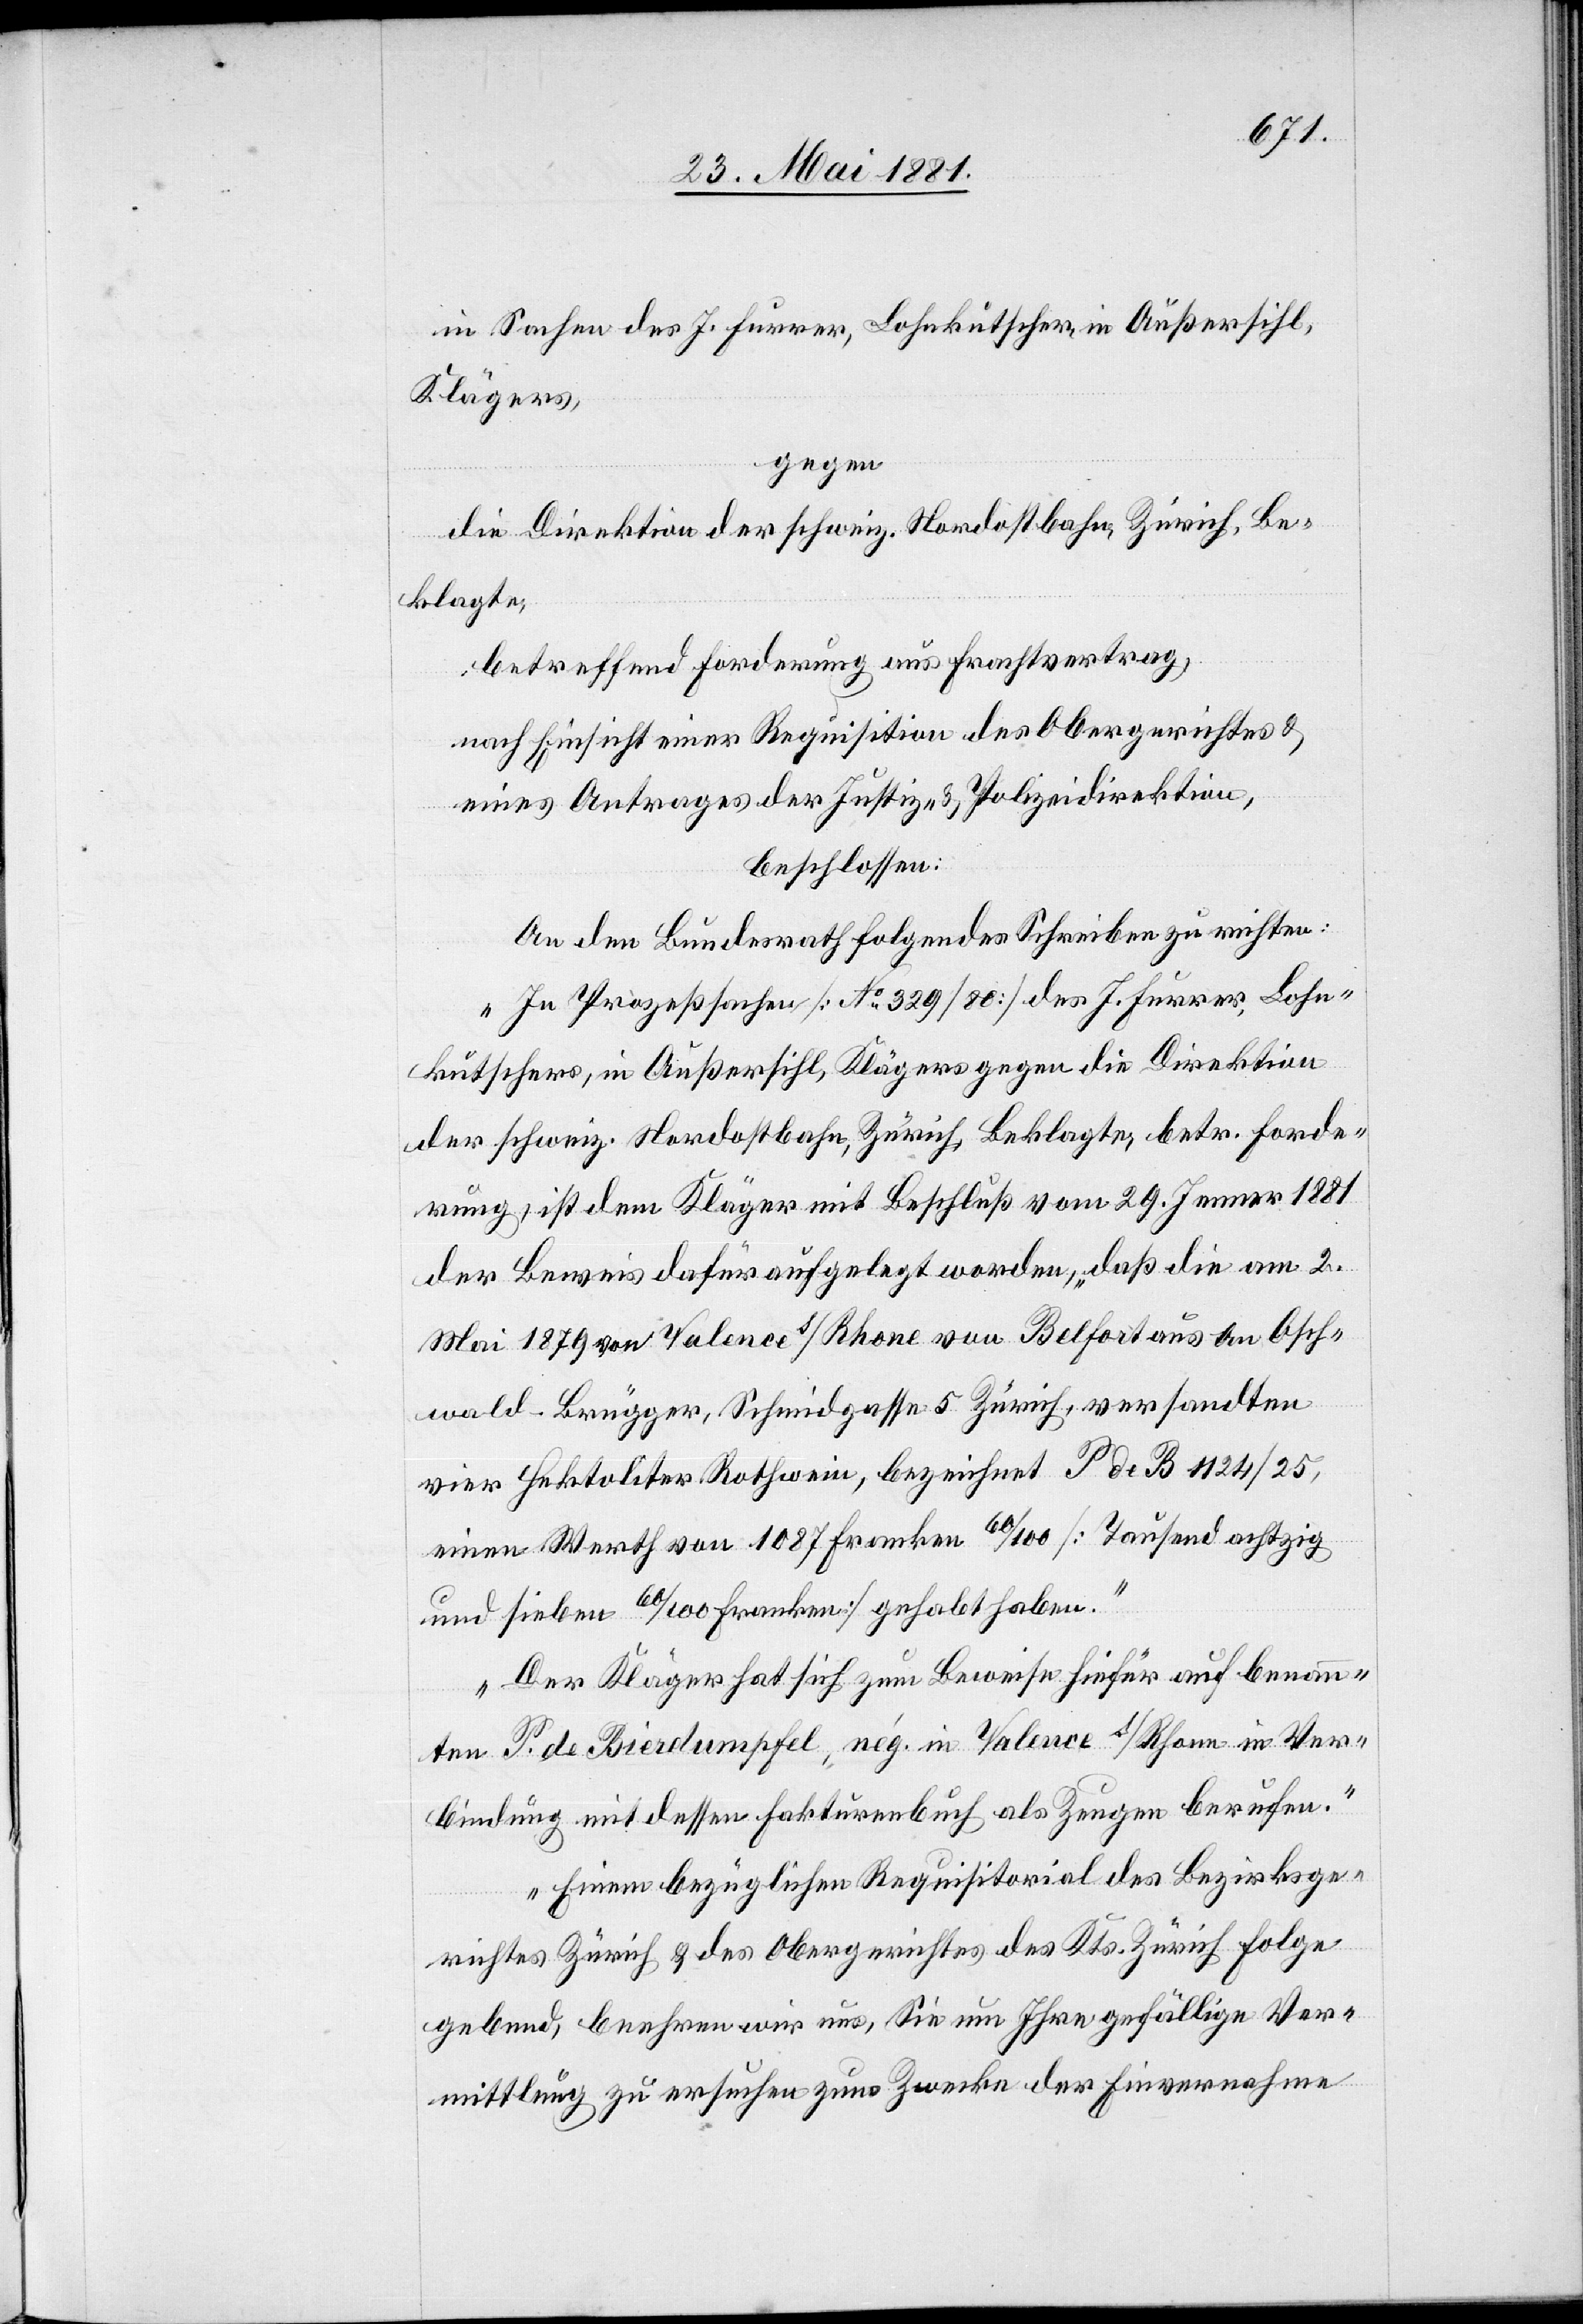
in Sachen des J. Furrer, Bahnkutscher in Außersihl,
Klägers,
gegen
die Direktion der schweiz. Nordostbahn, Zürich, Be¬
klagte,
betreffend Forderung aus Frachtvertrag,
nach Einsicht einer Requisition des Obergerichtes &
eines Antrages der Justiz- & Polizeidirektion,
beschlossen:
An den Bundesrath folgendes Schreiben zu richten:
„In Prozeßsachen [No 329/80] des J. Furrer, Lohn¬
kutschers, in Außersihl, Klägers gegen die Direktion
der schweiz. Nordostbahn, Zürich, Beklagte, betr. Forde¬
rung, ist dem Kläger mit Beschluß vom 29. Jenner 1881
der Beweis dafür aufgelegt worden, daß die am 2.
Mai 1879 von Valence s/Rhone von Belfort aus an Osch¬
wald-Brügger, Schneidgasse 5 Zürich, versandten
vier Hektoliter Rothwein, bezeichnet P de B 1124/25,
einen Werth von 1087 Franken 60/100 [Tausend achtzig
und sieben 60/100 Franken] gehabt haben.
Der Kläger hat sich zum Beweise hiefür auf benann¬
te P. de Bierdumpfel, nég. in Valence s/Rhone in Ver¬
bindung mit dessen Fakturenbuch als Zeugen berufen.
Einem bezüglichen Requisitorial des Bezirksge¬
richtes Zürich & des Obergerichtes des Kts. Zürich Folge
gebend, beehren wir uns, Sie um Ihre gefällige Ver¬
mittlung zu ersuchen zum Zwecke der Einvernahme